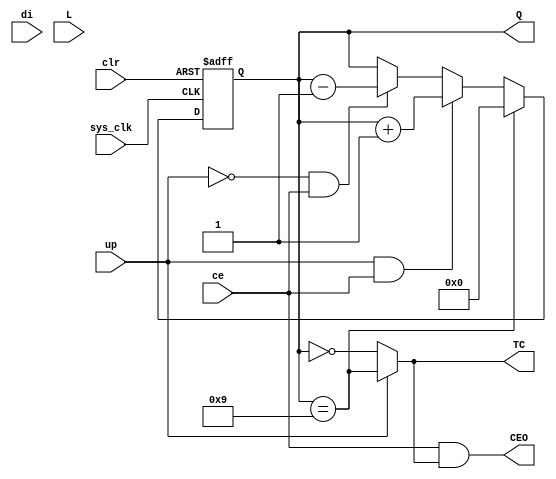
module VCBmCLED_dec(ce, Q, up, CEO, di, TC, L, sys_clk, clr);

input ce;
output reg [3:0] Q = 0;
input up;
output wire CEO;
input [3:0] di;
output wire TC;
input L;
input sys_clk;
input clr;

assign TC = up ? (Q == 9) : (Q == 0);
assign CEO = ce & TC;

always @(posedge clr or posedge sys_clk)
begin
        if (clr)
                Q <= 0;
        else
                Q <= (Q == 9) ? 4'd0 : (up & ce) ?
                     Q + 4'd1 : (!up & ce) ? Q - 4'd1 : Q;
end

endmodule